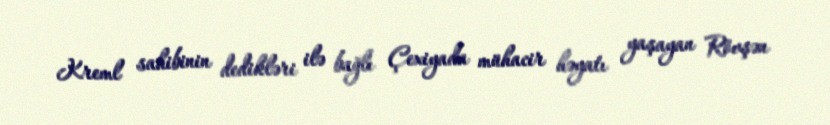
Kreml sahibinin dedikləri ilə bağlı Çexiyada mühacir həyatı yaşayan Rövşən